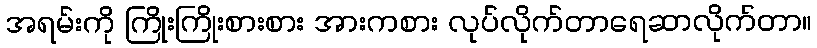
အရမ်းကို ကြိုးကြိုးစားစား အားကစား လုပ်လိုက်တာရေဆာလိုက်တာ။